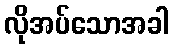
လိုအပ်သောအခါ